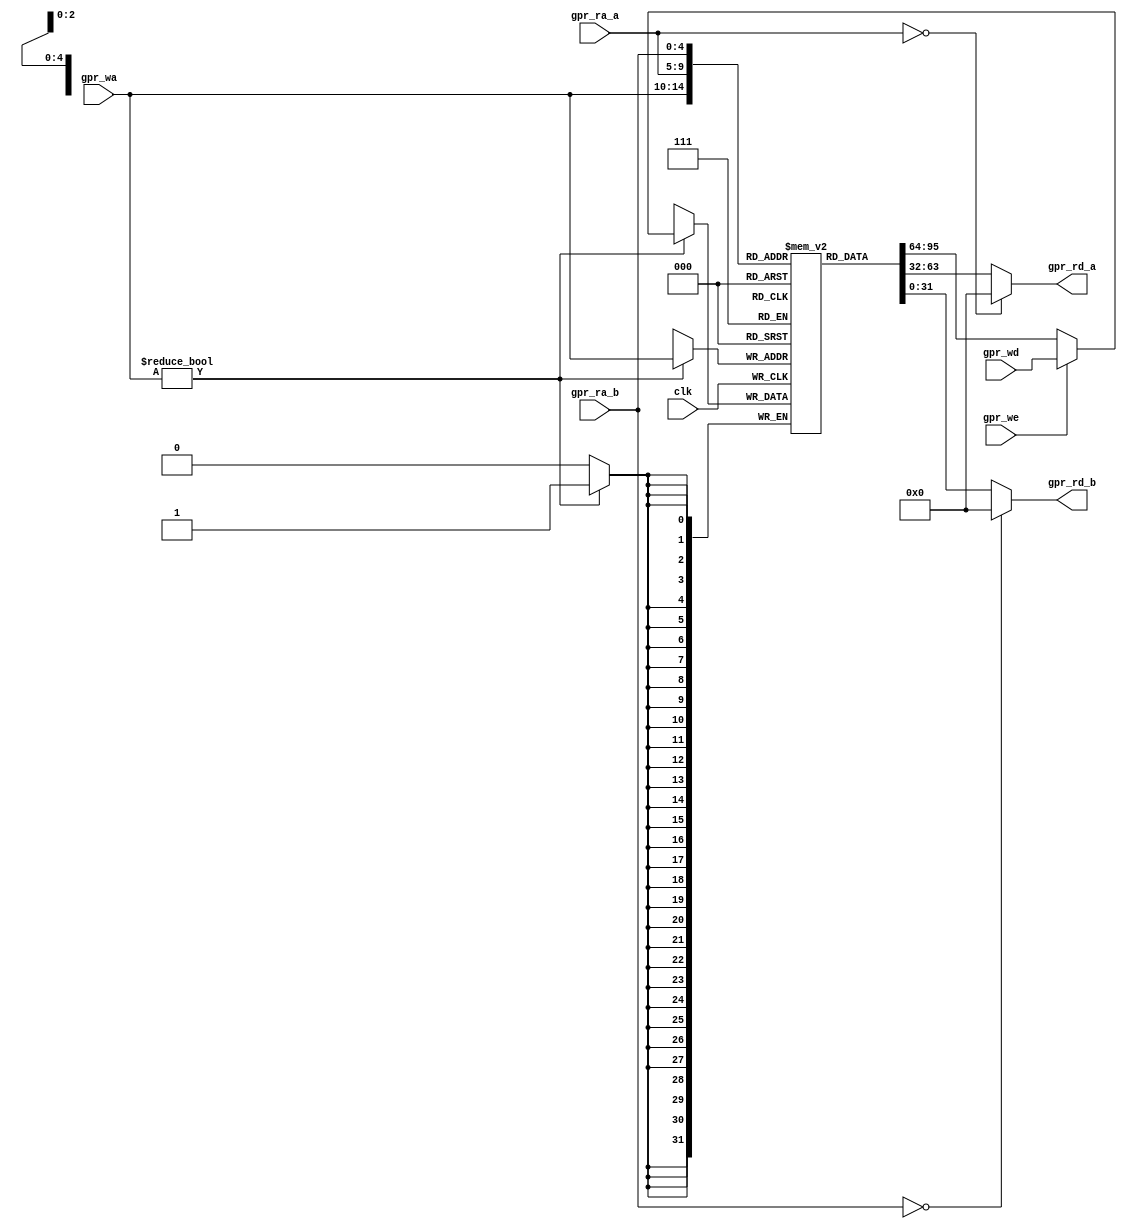
//==================================================================================================
//  Revision      : 1.0
//  Company       : Universidad Simn Bolvar
//
//  Description   : 32 General Purpose Registers (GPR)
//                  WARNING: This register file DO NOT HAVE A RESET.
//==================================================================================================

module antares_reg_file (
                         input         clk,
                         input [4:0]   gpr_ra_a,
                         input [4:0]   gpr_ra_b,
                         input [4:0]   gpr_wa,
                         input [31:0]  gpr_wd,
                         input         gpr_we,
                         output [31:0] gpr_rd_a,
                         output [31:0] gpr_rd_b
                         );

    // Register file of 32 32-bit registers. Register 0 is always 0
    reg [31:0]    registers [1:31];

`ifdef STIMULI 
    // Registers initialization 
    integer i; 
    initial begin for (i=1; i<32; i=i+1) registers[i]<=32'b0; end 
`endif 

    // Clocked write
    always @ ( posedge clk ) begin
        if(gpr_wa != 5'b0)
          registers[gpr_wa] <= (gpr_we) ? gpr_wd :  registers[gpr_wa];
    end

    // Combinatorial read (no delay). Register 0 is read as 0 always.
    assign gpr_rd_a = (gpr_ra_a == 5'b0) ? 32'b0 : registers[gpr_ra_a];
    assign gpr_rd_b = (gpr_ra_b == 5'b0) ? 32'b0 : registers[gpr_ra_b];

endmodule // antares_reg_file